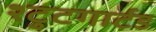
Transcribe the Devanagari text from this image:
श्टुटगार्टड